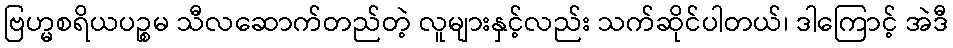
ဗြဟ္မစရိယပဉ္စမ သီလဆောက်တည်တဲ့ လူများနှင့်လည်း သက်ဆိုင်ပါတယ်၊ ဒါကြောင့် အဲဒီ